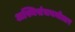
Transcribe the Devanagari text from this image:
अस्थिसंचयनोत्तर